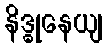
နိဒ္ဓုနေယျ